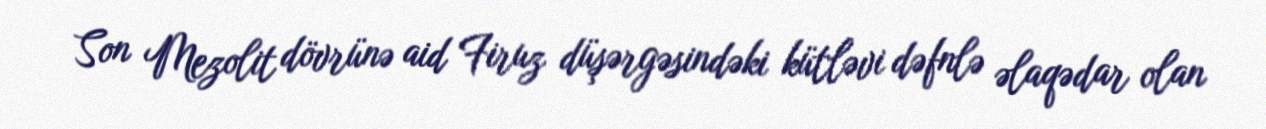
Son Mezolit dövrünə aid Firuz düşərgəsindəki kütləvi dəfnlə əlaqədar olan